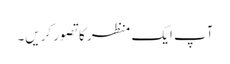
آپ ایک منظر کا تصور کریں۔